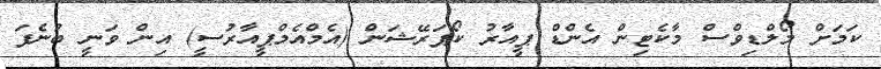
ކަމަށް މޯލްޑިވްސް މާކެޓިން އެންޑް ޕީއާރު ކޯޕަރޭޝަން (އެމްއެމްޕީއާރުސީ) އިން ވަނީ ބުނެފަ